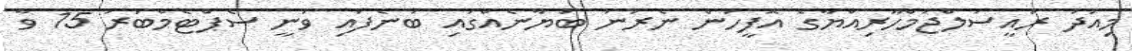
މިއަދު ރައީސުލްޖުމްހޫރިއްޔާގެ އޮފީހުން ނެރުނު ބަޔާނެއްގައި ބުނެފައި ވަނީ ސެޕްޓެމްބަރު 15 ވާ